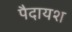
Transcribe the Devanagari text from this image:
पैदायश